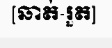
[ឆាត់-រួត]